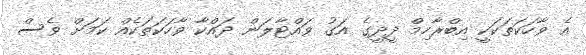
އެ ވާހަކަތަކަކީ އިބްރާހިމް ދީދީގެ އަގު ވައްޓާލަން ދައްކާ ވާހަކަތަކެއް ކަމަށް ވެސް